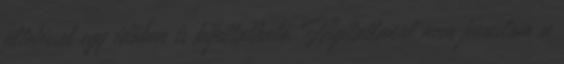
ültetéssel egy időben is kijuttatható. Hígítatlanul nem javaslom a